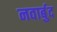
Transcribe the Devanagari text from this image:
नवार्बुद